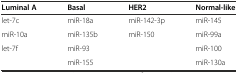
| Luminal A | Basal | HER2 | Normal-like |
 | --- | --- | --- | --- |
 | let-7c | miR-18a | miR-142-3p | miR-145 |
 | miR-10a | miR-135b | miR-150 | miR-99a |
 | let-7f | miR-93 |  | miR-100 |
 |  | miR-155 |  | miR-130a |